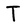
Character: T